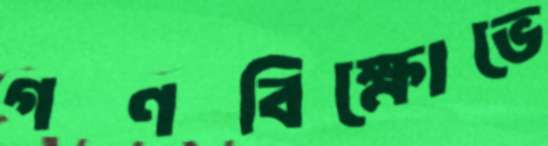
গণবিক্ষোভে